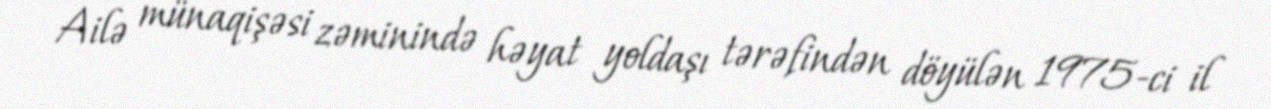
Ailə münaqişəsi zəminində həyat yoldaşı tərəfindən döyülən 1975-ci il